Annual report on the lock hospitals of the Madras Presidency
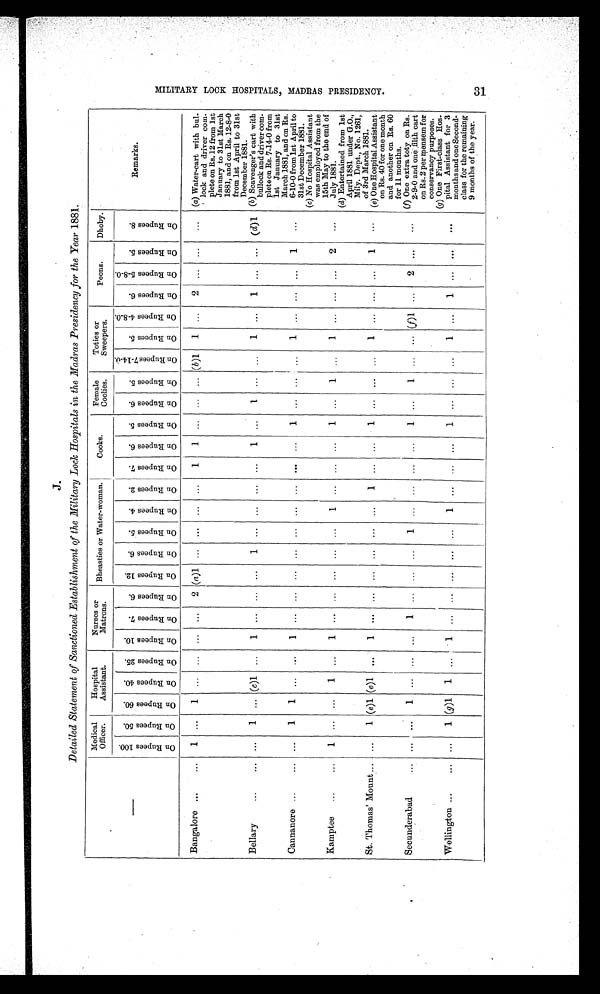
J.
Detailed Statement of Sanctioned Establishment of the Military Lock Hospitals in the Madras Presidency for the Year 1881.
Medical
Officer.
Hospital
Assistant.
Nurses or
Matrons. Bheasties or Water-woman.
Cooks.
Female
Coolies.
Toties or
Sweepers.
Peons.
Dhoby.
Remarks.
O n R u p e e s 1 0 0 .
On Rupees 50.
O n R u p e e s 6 0 . O n R u p e e s 4 0 .
On Rupees 25.
O n R u p e e s 1 0 .
O n R u p e e s 7 . O n R u p e e s 6 . O n R u p e e s 1 2 . O n R u p e e s 6 . O n R u p e e s 5 .
On Rupees 4.
O n R u p e e s 2 . On Rupees 7.
O n R u p e e s 6 . O n R u p e e s 5 . On Rupees 6.
O n R u p e e s 5 .
O n R u p e e s 7 - 1 4 - 0 .
On Rupees 5.
O n R u p e e s 4 - 8 - 0 .
O n R u p e e s 6 .
O n R u p e e s 5 - 8 - 0 .
O n R u p e e s 5 .
O n R u p e e s 8 .
Bangalore ...
... 1 ... 1 ... ... ... ... 2 (a)1 ... ... ... ... 1 1 ... ... ... (b) 1 1 ... 2 . . . ... ... (a) Water-cart with bul-
lock and driver com-
plete on Rs. 12 from 1st
January to 31st March
1881, and on Rs. 12-8-0
from 1st April to 31st
December 1881.
Bellary
...
... ... 1 ... (c)1 ... 1 ... ... ... 1 ... ... ... ... 1 ... 1 ... ... 1 ... 1 ... ... (d) 1
( b ) S c a v e n g e r s c a r t w i t h
bullock and
' driver com-
plete on Rs. 7-14-0 from
1st January to 31st
March 1881, and on Rs.
6-10-0 from 1st April to
31st December 1881.
Cannanore ...
... . . . 1 1 . . . . . . 1 ... ... ... ... ... ...
...
...
... 1 ... ... ... 1 ... ... ... 1 ...
Kamptee ...
... 1
... ...
1 ... 1 . . . ... ... ... ... 1 ... ... ... 1
...
1
...
1 ... ... ... 2
. . .
(c) No Hospital Assistant
was employed from the
15th May to the end of
July 1881.
(d) Entertained from 1st
April 1881 under G.O.,
Mily. Dept., No. 1261,
of 3rd March 1881.
St. Thomas' Mount ...
...
1 (e)1 (e)1 ... 1 ... ... ... ... ... ... 1 ... ... 1 ... ... ... 1 ... ... ... 1
...
(e) One Hospital Assistant
on Rs. 40 for one month
and another on Rs. 60
for 11 months.
Secunderabad ...
... ...
1
... ... ...
1
... ... ...
1
... ... ... ...
1
...
1
... ...
(f)
...
2
... ...
(f) One extra toty on Rs.
2-9-0 and one filth cart
on Rs. 2 per mensem for
conservancy purposes.
Wellington
... ... ...
1 (g)1 1 ... 1 ... ... ... ... ... 1
... ... ...
1
... ... ...
1
...
1
... ... ...
(g)O n e F i r s t - c l a s s H o s -
pital Assistant for 3
months and one Second-
class for the remaining
9 months of the year.
M I L I T A R Y L O O K H O S P I T A L S , M A D R A S P R E S I D E N C Y .
3 1